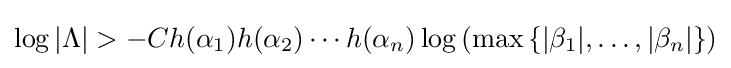
\log |\Lambda |>-Ch(\alpha _{1})h(\alpha _{2})\cdots h(\alpha _{n})\log \left(\max \left\{|\beta _{1}|,\ldots ,|\beta _{n}|\right\}\right)